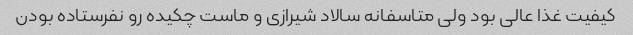
کیفیت غذا عالی بود ولی متاسفانه سالاد شیرازی و ماست چکیده رو نفرستاده بودن